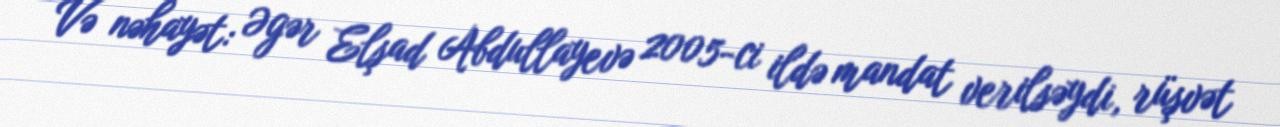
Və nəhayət: Əgər Elşad Abdullayevə 2005-ci ildə mandat verilsəydi, rüşvət